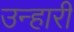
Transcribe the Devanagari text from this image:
उन्हारी